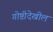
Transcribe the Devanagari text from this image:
गोष्टीदेखील